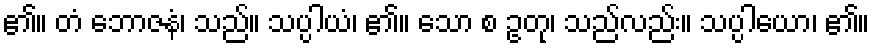
၏။ တံ ဘောဇနံ၊ သည်။ သပ္ပါယံ၊ ၏။ သော စ ဥတု၊ သည်လည်း။ သပ္ပါယော၊ ၏။